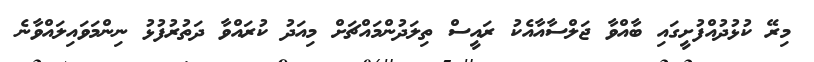
މިރޭ ކުޅުދުއްފުށީގައި ބާއްވާ ޖަލްސާއާއެކު ރައީސް ތިލަދުންމައްޗަށް މިއަދު ކުރައްވާ ދަތުރުފުޅު ނިންމަވައިލައްވާނެ